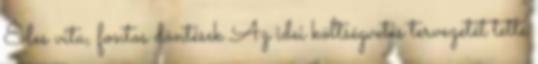
Éles vita, fontos döntések Az idei költségvetés tervezetét tette